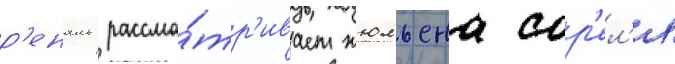
р'еналь рассма́тр'ивает жюльена сор'ел'я